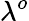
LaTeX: \lambda^{o}